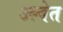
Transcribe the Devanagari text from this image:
उल्वेत